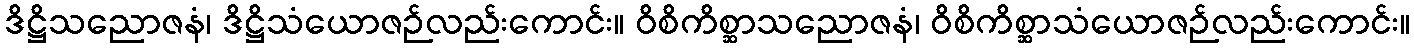
ဒိဋ္ဌိသညောဇနံ၊ ဒိဋ္ဌိသံယောဇဉ်လည်းကောင်း။ ဝိစိကိစ္ဆာသညောဇနံ၊ ဝိစိကိစ္ဆာသံယောဇဉ်လည်းကောင်း။